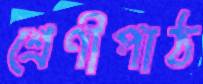
শ্রেণীপাঠ